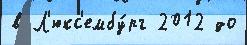
в Л'юкс'ембу́рг 2012 до